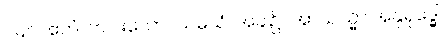
၂၄၀။ ဧကံ၊ တပါးသော။ သမယံ၊ အခါ၌။ အာယသ္မာ အနုရုဒ္ဓေါ၊